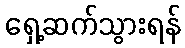
ရှေ့ဆက်သွားရန်